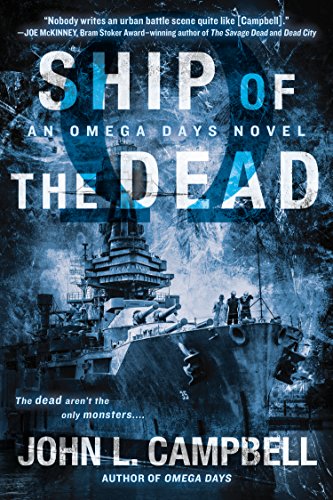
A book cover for Ship of the Dead (An Omega Days Novel); John L. Campbell; Science Fiction & Fantasy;